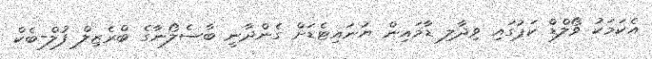
އެކަމަކު ވޯލްޑް ކަޕުގައި ވިދާލި ޑާމައިން ޔުނައިޓެޑަށް ގެންދާނީ ބާސެލޯނާގެ ބްރެޒިލް ފުލް-ބެކް